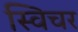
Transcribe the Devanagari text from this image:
स्विचर